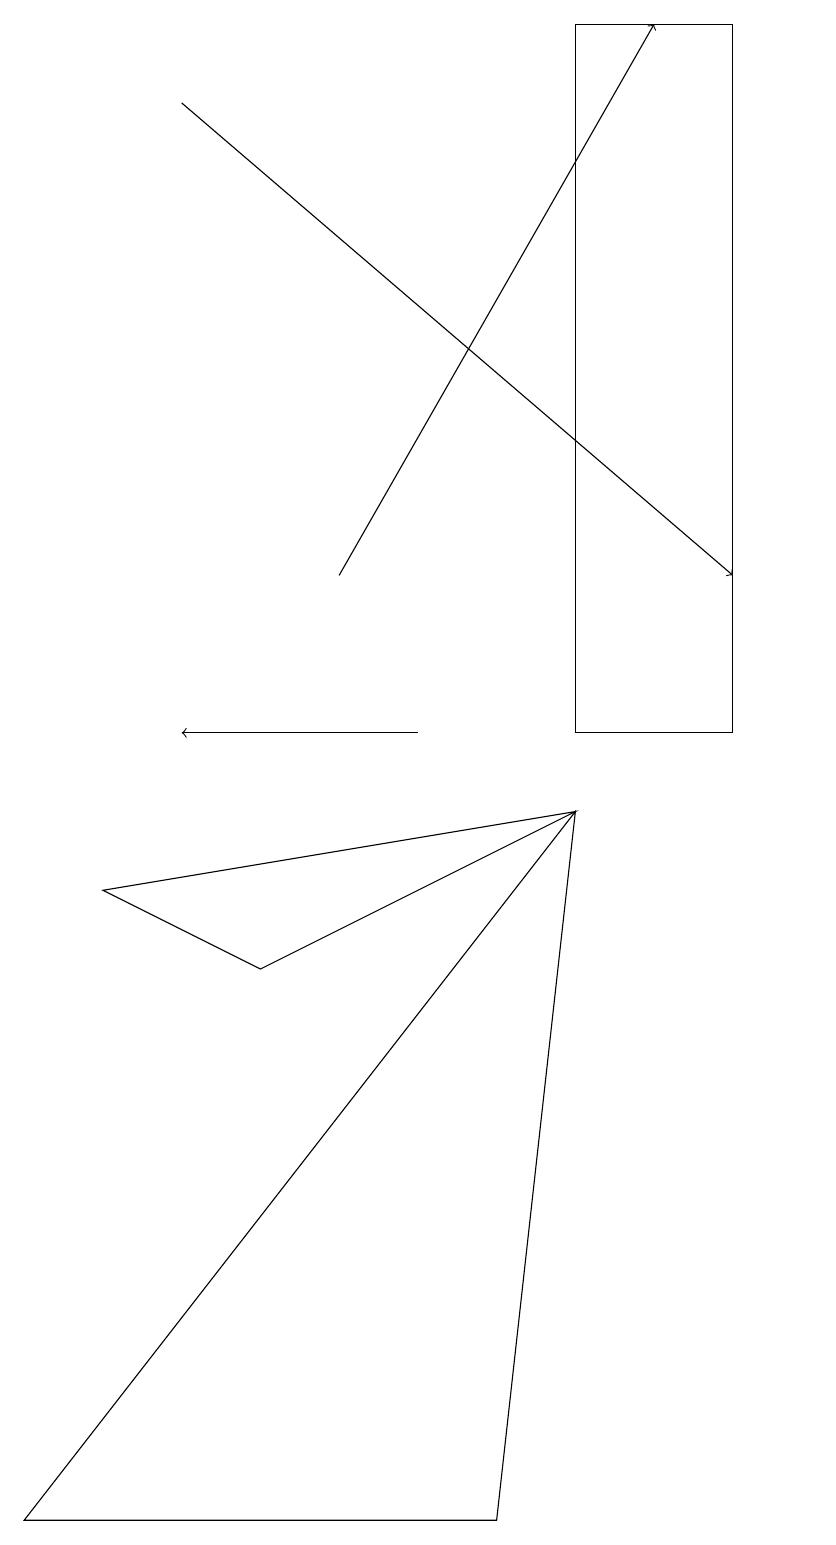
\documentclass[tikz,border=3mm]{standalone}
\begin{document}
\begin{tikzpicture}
\draw[->] (2,18) -- (9,12);
\draw (0,0) -- (6,0) -- (7,9) -- cycle;
\draw[->] (4,12) -- (8,19);
\draw[->] (5,10) -- (2,10);
\draw (9,10) rectangle (7,19);
\draw (3,7) -- (1,8) -- (7,9) -- cycle;
\draw (10,11) circle (0);
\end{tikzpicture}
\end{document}